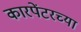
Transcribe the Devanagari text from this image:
कारपेंटरच्या